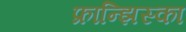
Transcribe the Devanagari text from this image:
फ्रान्झिस्का